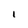
Character: I